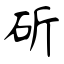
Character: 斫